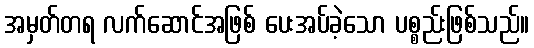
အမှတ်တရ လက်ဆောင်အဖြစ် ပေးအပ်ခဲ့သော ပစ္စည်းဖြစ်သည်။